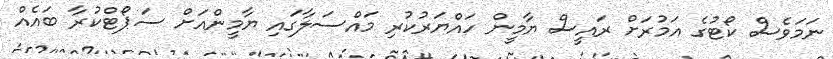
ނަމަވެސް ކޯޓުގެ އަމުރަށް ރައީސް ޔާމީން ހައްޔަރުކުރި މައްސަލާގައި ޔާމީންއަށް ސަޕޯޓްކުރާ ބައެއް